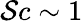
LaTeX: \mathcal{S}c\sim1